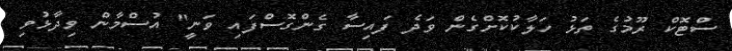
ސްޓޮކް ރޫމުގެ ތަޅު ހަލާކުކޮށްގެން ވަދެ ފައިސާ ގެންގޮސްފައި ވަނީ" އުސްމާން ވިދާޅުވި